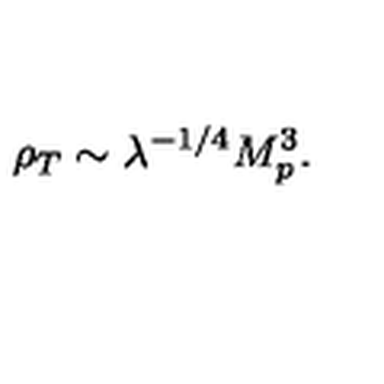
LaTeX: \rho _ { T } \sim \lambda ^ { - 1 / 4 } M _ { p } ^ { 3 } .